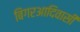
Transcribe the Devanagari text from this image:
बिगरआदिवासी